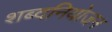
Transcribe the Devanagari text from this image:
शब्दनियोजन